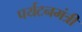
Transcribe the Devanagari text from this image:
पर्यटनमंत्री